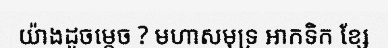
យ៉ាងដូចម្តេច ? មហាសមុទ្រ អាកទិក ខ្សែ